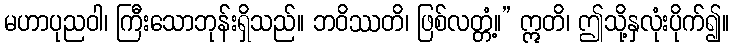
မဟာပုညဝါ၊ ကြီးသောဘုန်းရှိသည်။ ဘဝိဿတိ၊ ဖြစ်လတ္တံ့။” ဣတိ၊ ဤသို့နှလုံးပိုက်၍။